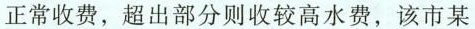
正常收费，超出部分则收较高水费，该市某